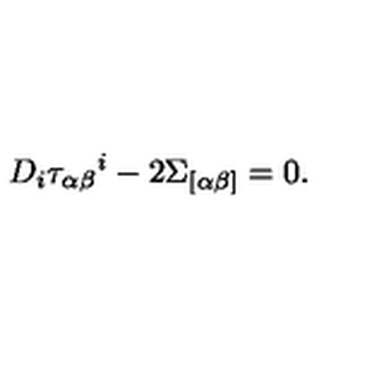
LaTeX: D _ { i } \tau _ { \alpha \beta } { } ^ { i } - 2 \Sigma _ { [ \alpha \beta ] } = 0 .